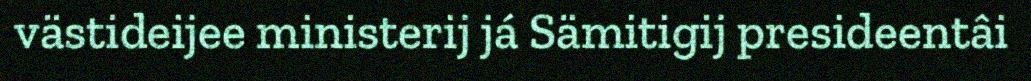
västideijee ministerij já Sämitigij presideentâi